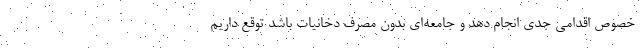
خصوص اقدامی جدی انجام دهد و جامعه‌ای بدون مصرف دخانیات باشد توقع داریم